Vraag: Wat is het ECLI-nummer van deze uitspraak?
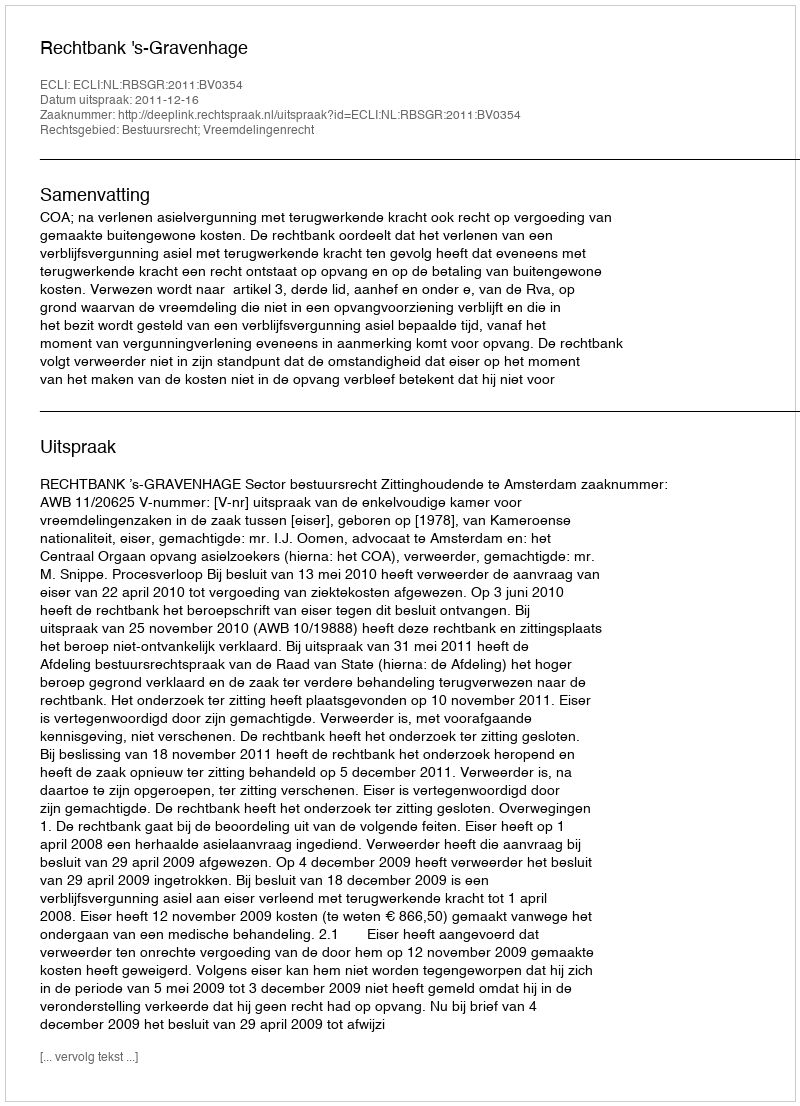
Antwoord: ECLI:NL:RBSGR:2011:BV0354